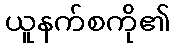
ယူနက်စကို၏